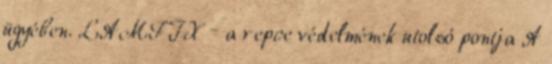
ügyében. LAMFIX – a repce védelmének utolsó pontja A